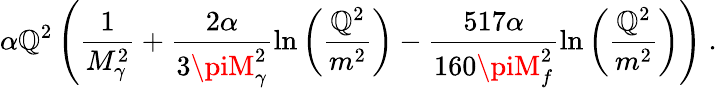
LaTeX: \alpha\mathbb{Q}^{2}\left(\frac{{1}}{{M_{\gamma}^{2}}}+\frac{{2\alpha}}{{3\piM_{\gamma}^{2}}}\ln\left(\frac{{\mathbb{Q}^{2}}}{{m^{2}}}\right)-\frac{{517\alpha}}{{160\piM_{f}^{2}}}\ln\left(\frac{{\mathbb{Q}^{2}}}{{m^{2}}}\right)\right)\ .